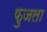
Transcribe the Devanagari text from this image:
फुजला